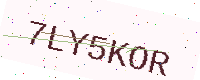
Text: 7LY5KOR